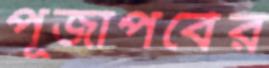
পূজাপর্বের